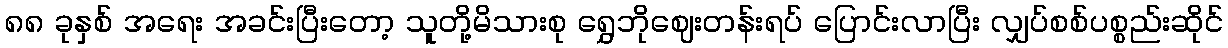
၈၈ ခုနှစ် အရေး အခင်းပြီးတော့ သူတို့မိသားစု ရွှေဘိုဈေးတန်းရပ် ပြောင်းလာပြီး လျှပ်စစ်ပစ္စည်းဆိုင်